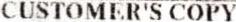
CUSTOMER'S COPY